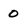
Character: 0